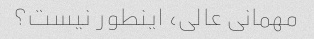
مهمانی عالی، اینطور نیست؟